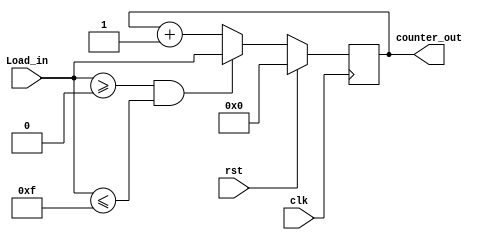
`timescale 1ns / 1ps
//////////////////////////////////////////////////////////////////////////////////
// Company: 
// Engineer: 
// 
// Design Name: 
// Module Name:    Bit_4_Load_Counter 
// Project Name: 
// Target Devices: 
// Tool versions: 
// Description: 
//
// Dependencies: 
//
// Revision: 
// Revision 0.01 - File Created
// Additional Comments: 
//
//////////////////////////////////////////////////////////////////////////////////
module Bit_4_Load_Counter(Load_in,clk,rst,counter_out);

input [3:0] Load_in;
input clk,rst;
output reg [3:0] counter_out;
//reg [3:0] counter;

always@(posedge clk) begin

if(rst) begin
counter_out<=0;
end
else if(Load_in>=0 && Load_in<=15) begin
counter_out<=Load_in;
end
else begin
counter_out<=counter_out+1;
end

end

endmodule